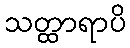
သတ္ထာရာပိ